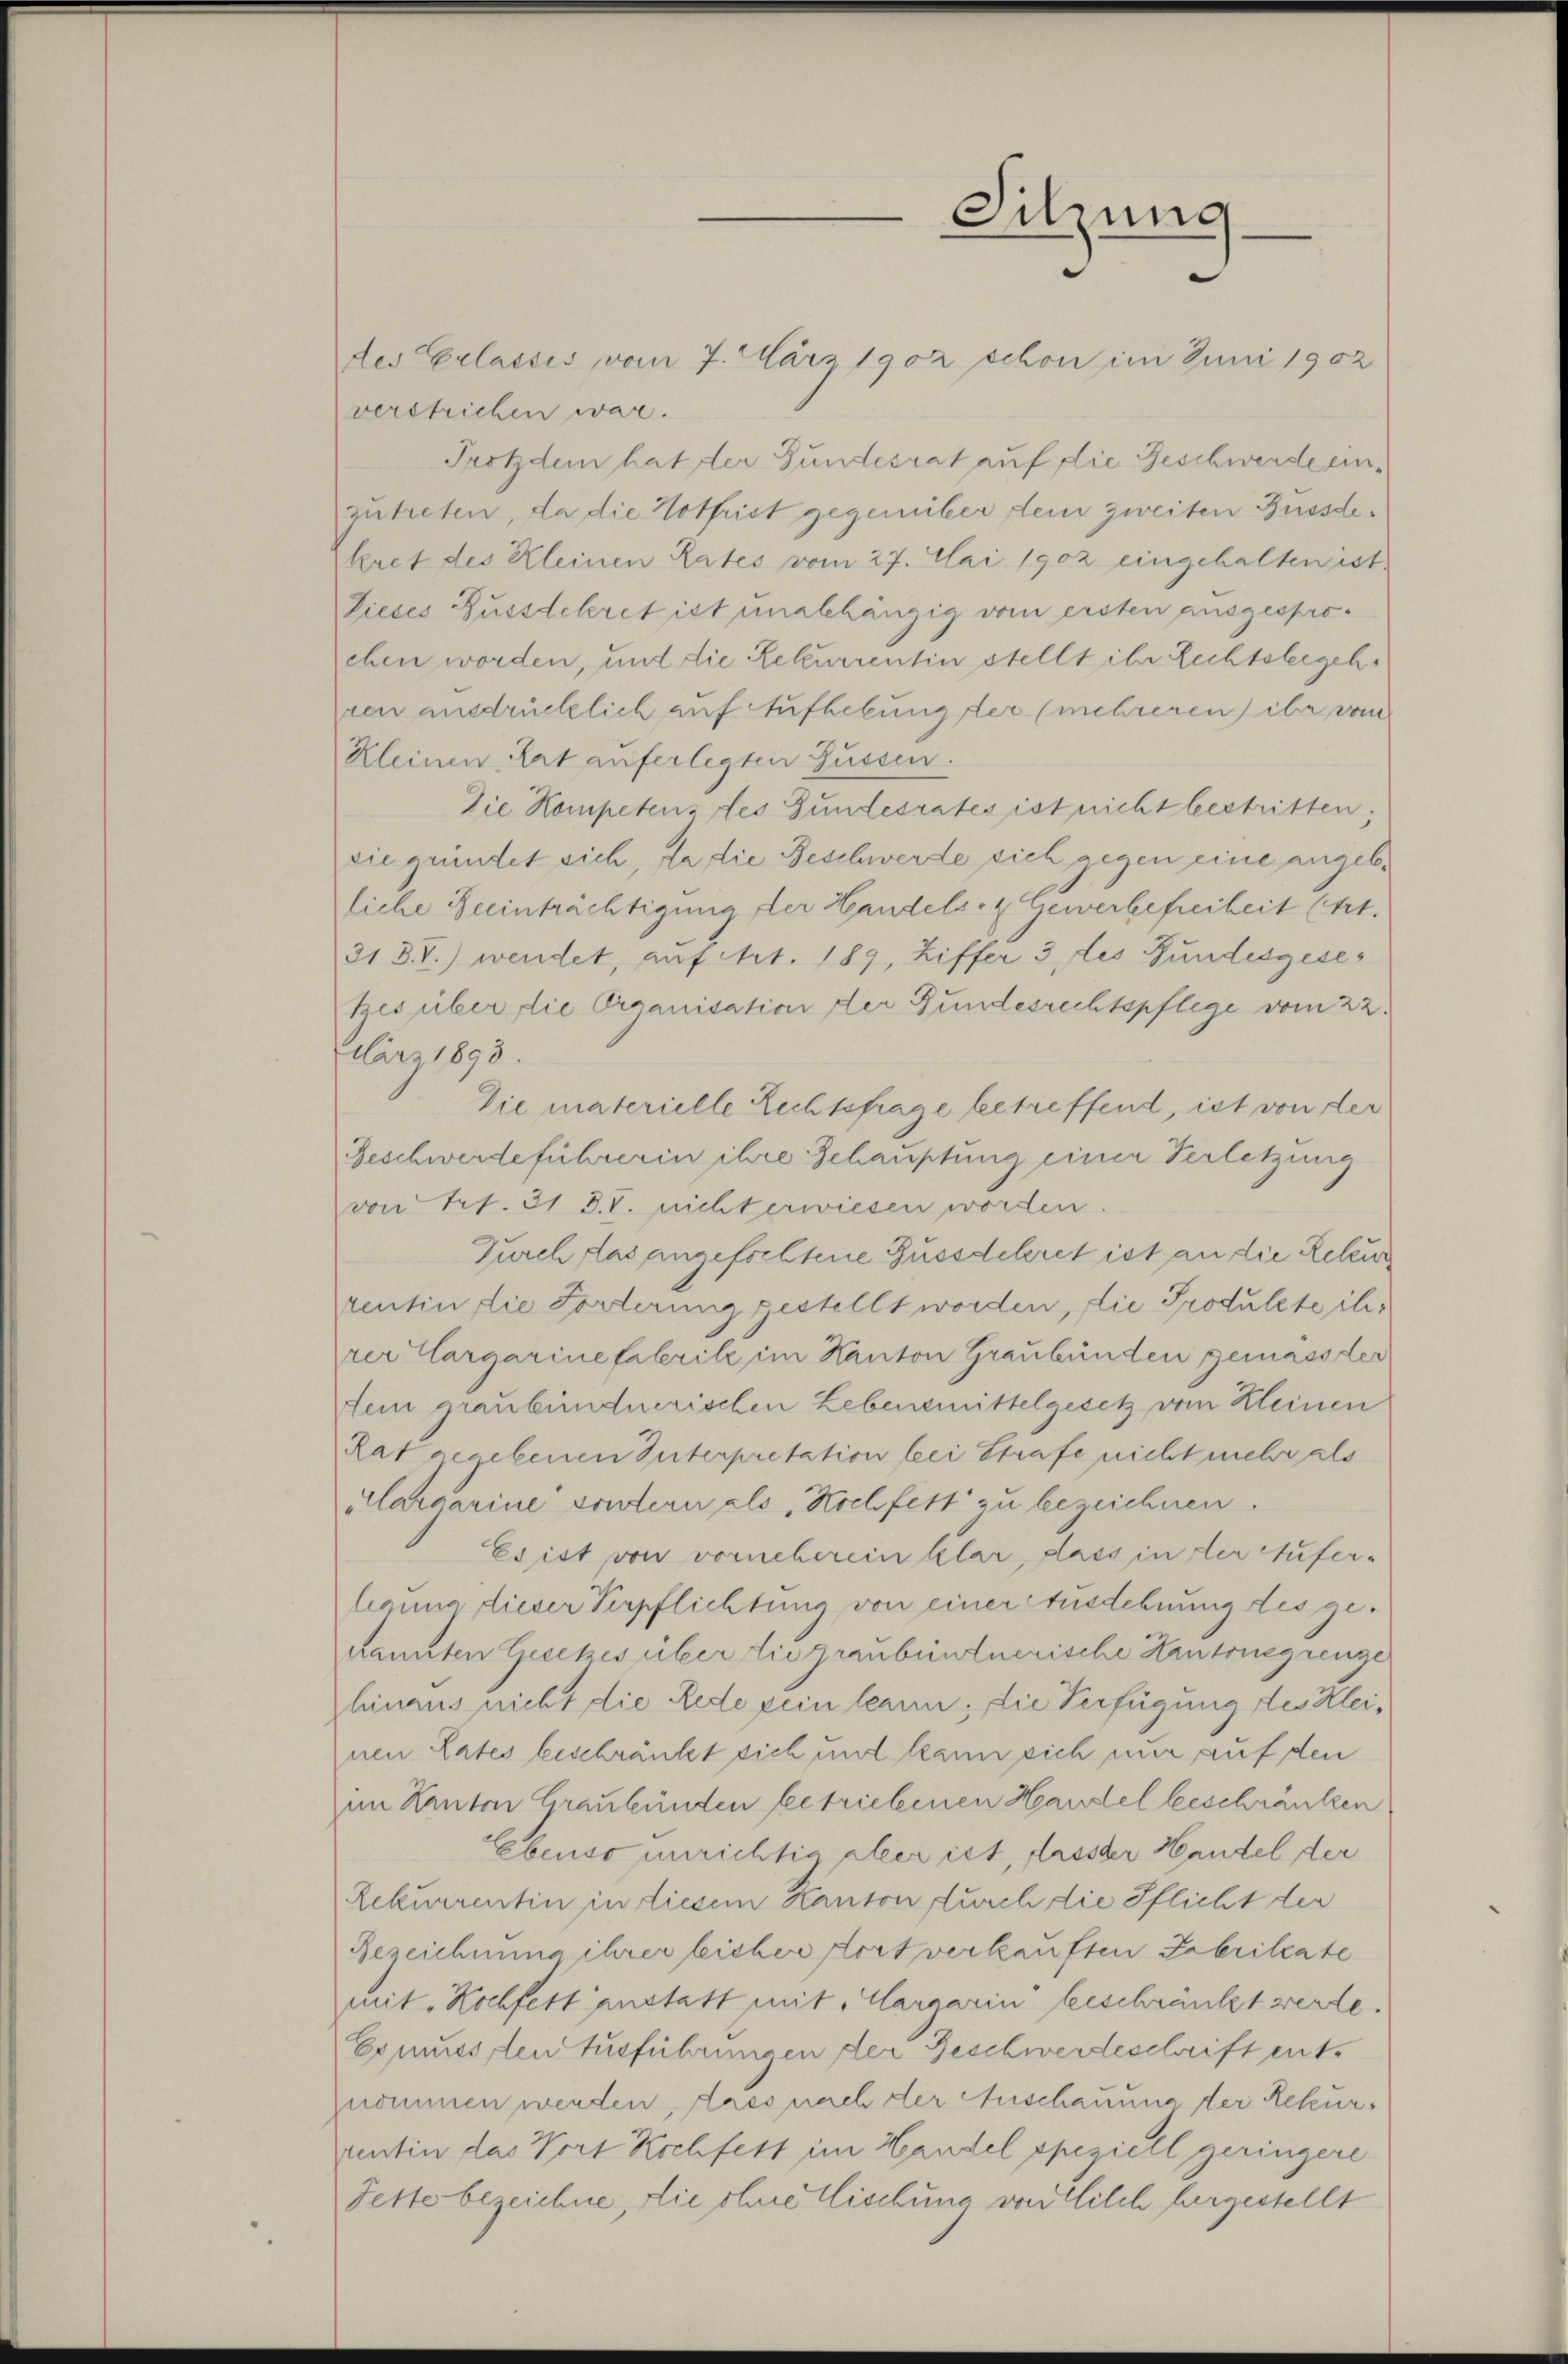
des Erlasses vom 7. März 1902 schon im Juni 1902
verstrichen war.
Trotzdem hat der Gundesrat auf die Geschwerde einzutreten, da die Hothrist gegenüber dein zweiten Bussdekret des Kleinen Rates vom 27. Mai 1902 eingehalten ist.
Dieses Fusstekret ist unabhängig vom ersten ausgesproeben worden, und die Rekurrentin stellt ihr Rechtsbegehven ausdrücklich auf Aufhebung der (mehreren über vom
Kleinen Rat auferlegten Füssen.
Die Kompetens des Gundesrates ist nicht bestritten,
die gründet sich, da die Beschwerde sich gegen eine angebliche Beeinträchtigung der Handels- & Gewerbefreiheit (Art.
31 3.V.) wendet, auf Art. 189, Ziffer 3 des Bundesgese¬
Ges über die Organisation der Bundesrechtspflege vom 22.
ärz 1893.
Die materielle Rechtsfrage betreffend, ist von der
Beschwerdeführerin ihre Schauptung einen Verletzung
von Fr. 31 S. T. nicht erwiesen worden.
Furch das angefochtene Gussdeleret ist an die Rekur
rentin die Forterung gestellt worden, die Produlte ihr
rer Cargarinefaleritz im Kanton Graubünden gemass der
tein graubündnerischen Lebensmittelgesetz vom Kleinen
Rat gegebenen Interpretation bei Strafe nicht mehr als
Aargarine sontern als Hochfett zu bezeichnen.
Es ist von vorneherein klar, dass in der Aufer-
legung dieser Verpflichtung von einer Ausdehnung des gekannten Gesetzes über die graubündnerische Kantonsgrenze
hinaus nicht die Rede sein kann. Die Verfügung des Kleinen Lates beschränkt sich und kann sich mir auf den
im Kanton Graubünden betriebenen Handel beschränken
Ebenso unrichtig aller ist, fasster Handel der
Rekurrentin in diesem Kanton durch die Pflicht der
Bezeichnung ihrer leicher dort verkauften Fabritate
mit Hochfett anstatt mit Margarin beschränkt werde.
Es mussten Ausführungen der Beschwerdeschrift entznommen werden, dass nach der Anschauung der Rekurpentin das Wort Kochfest im Handel speziell geringere
Fette bezeichne, die ohne Tischung von Kilch hergestellt

Sitzung